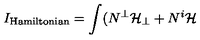
I _ { \mathrm { \tiny H a m i l t o n i a n } } = \int ( N ^ { \bot } \mathcal { H } _ { \bot } + N ^ { i } \mathcal { H }